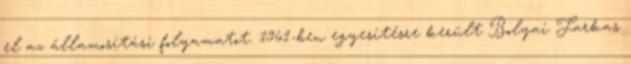
el az államosítási folyamatot. 1961-ben egyesítésre került Bolyai Farkas